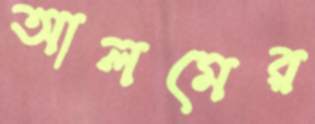
আলমের